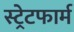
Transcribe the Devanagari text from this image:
स्ट्रेटफार्म